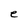
Character: e